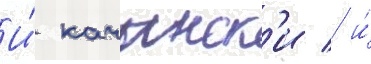
И́ качинск'и / и́